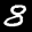
Label: 8